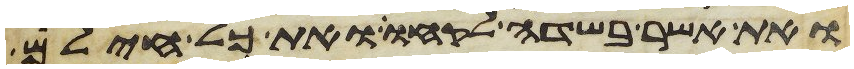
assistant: ואת אשר בשדה לקחו ואת כל חילם